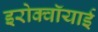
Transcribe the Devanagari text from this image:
इरोक्वॉयाई